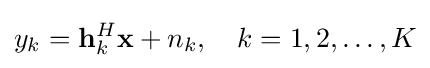
y_{k}=\mathbf {h} _{k}^{H}\mathbf {x} +n_{k},\quad k=1,2,\ldots ,K